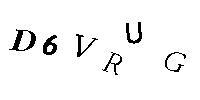
D6VRUG